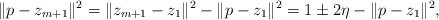
LaTeX: \begin{align*}\|p - z_{m+1}\|^2 = \|z_{m+1} - z_1\|^2 - \|p - z_1\|^2 = 1 \pm 2 \eta - \|p - z_1\|^2,\end{align*}